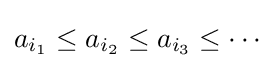
a_{i_{1}}\leq a_{i_{2}}\leq a_{i_{3}}\leq \cdots